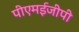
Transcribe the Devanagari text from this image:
पीएमईजीपी